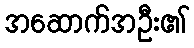
အဆောက်အဦး၏